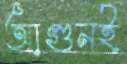
আগুনই